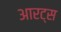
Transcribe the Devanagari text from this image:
आरट्स